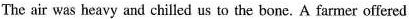
The air was heavy and chilled us to the bone. A farmer offered